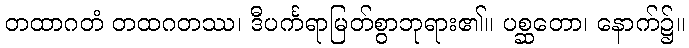
တထာဂတံ တထဂတဿ၊ ဒီပင်္ကရာမြတ်စွာဘုရား၏။ ပစ္ဆတော၊ နောက်၌။